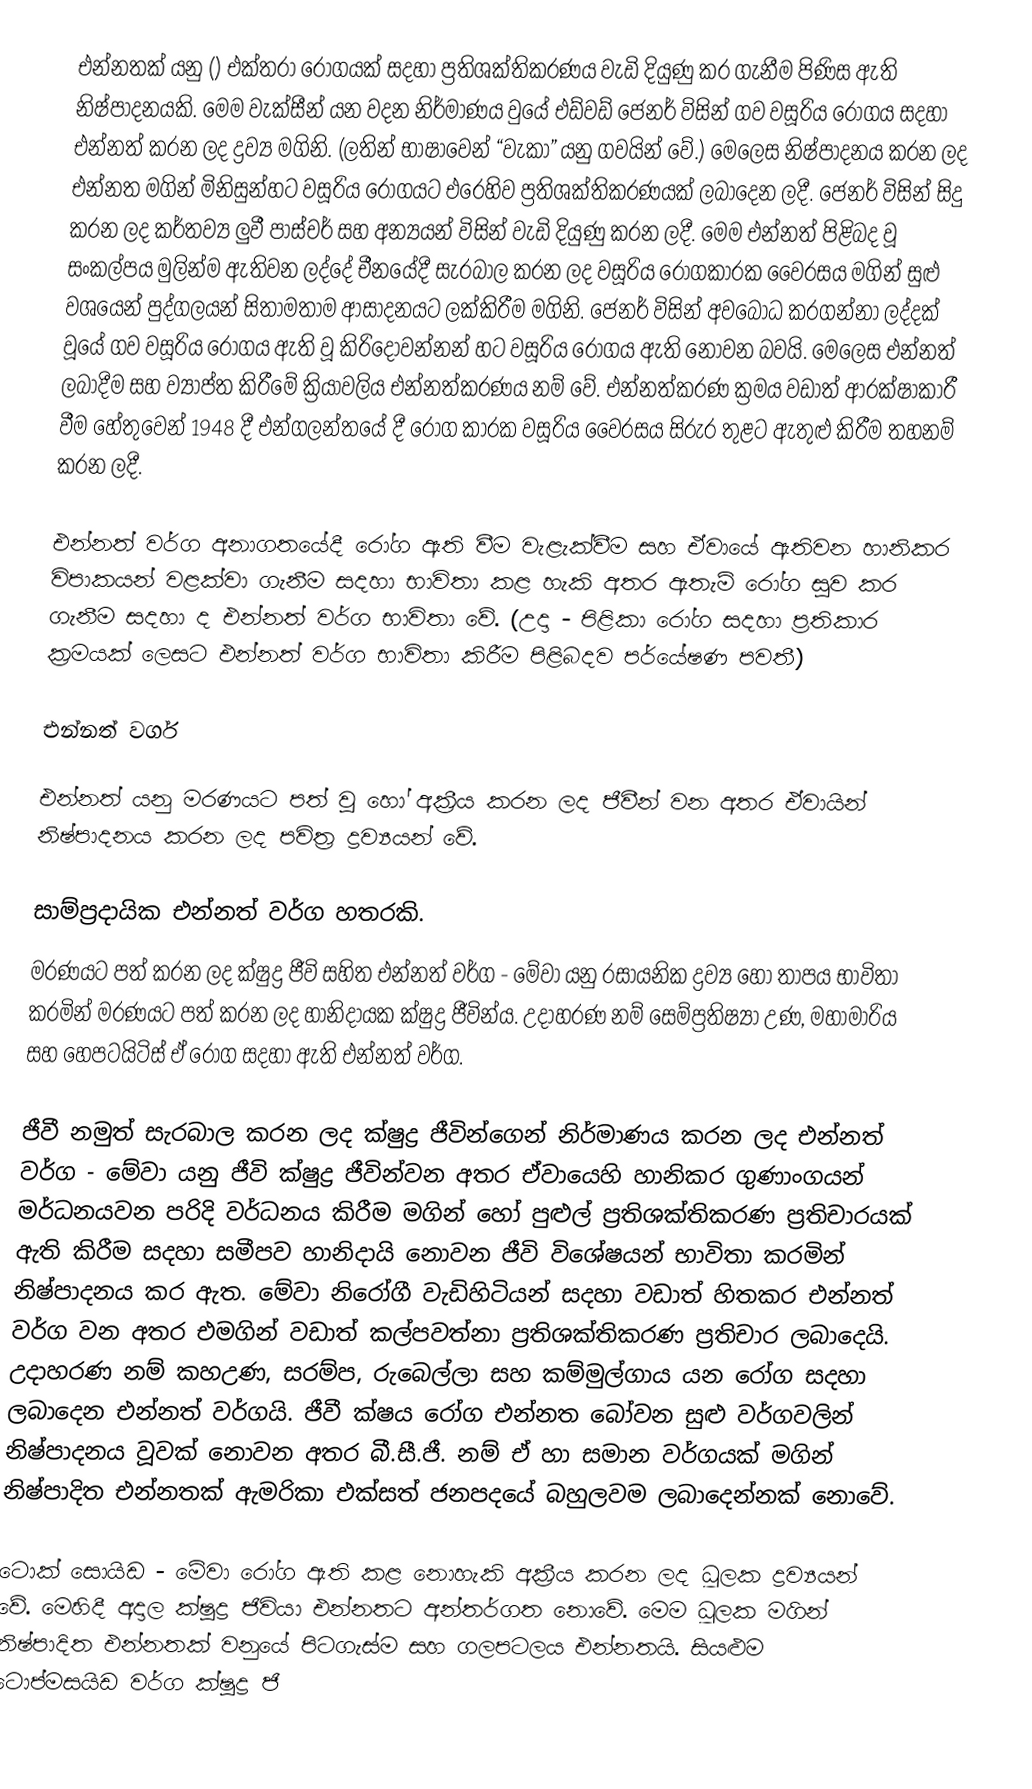
එන්නතක් යනු () එක්තරා රෝගයක් සදහා ප්‍රතිශක්තිකරණය වැඩි දියුණු කර ගැනීම පිණිස  ඇති නිෂ්පාදනයකි. මෙම වැක්සීන් යන වදන නිර්මාණය වුයේ එඩ්වඩ් ජෙනර්  විසින් ගව වසූරිය රෝගය සදහා එන්නත් කරන ලද ද්‍රව්‍ය මගිනි. (ලතින් භාෂාවෙන් “වැකා” යනු ගවයින් වේ.)  මෙලෙස නිෂ්පාදනය කරන ලද එන්නත මගින් මිනිසුන්හට වසූරිය රෝගයට එරෙහිව ප්‍රතිශක්තිකරණයක් ලබාදෙන ලදී. ජෙනර් විසින් සිදු කරන ලද කර්තව්‍ය ලුවී පාස්චර් සහ අන්‍යයන් විසින් වැඩි දියුණු කරන ලදී. මෙම එන්නත් පිළිබද වූ  සංකල්පය මුලින්ම ඇතිවන ලද්දේ චීනයේදී සැරබාල කරන ලද වසූරිය රෝගකාරක වෛරසය මගින් සුළු වශයෙන් පුද්ගලයන් සිතාමතාම ආසාදනයට ලක්කිරීම මගිනි.  ජෙනර් විසින් අවබෝධ කරගන්නා ලද්දක් වූයේ ගව වසූරිය රෝගය ඇති වූ කිරිදොවන්නන් හට වසූරිය රෝගය ඇති නොවන බවයි. මෙලෙස එන්නත් ලබාදීම සහ ව්‍යාප්ත කිරීමේ ක්‍රියාවලිය එන්නත්කරණය නම් වේ. එන්නත්කරණ ක්‍රමය වඩාත් ආරක්ෂාකාරී වීම හේතුවෙන් 1948 දී එන්ගලන්තයේ දී රෝග කාරක වසූරිය වෛරසය සිරුර තුළට ඇතුළු කිරීම තහනම් කරන ලදී.

එන්නත් වර්ග අනාගතයේදී රෝග ඇති වීම වැළැක්වීම සහ ඒවායේ ඇතිවන හානිකර විපාකයන් වළක්වා ගැනීම සදහා භාවිතා කළ හැකි අතර ඇතැම් රෝග සුව කර ගැනීම සදහා ද එන්නත් වර්ග භාවිතා වේ. (උදා - පිළිකා රෝග සදහා ප්‍රතිකාර ක්‍රමයක් ලෙසට එන්නත් වර්ග භාවිතා කිරීම පිළිබදව පර්යේෂණ පවතී)

එන්නත් වර්ග

එන්නත් යනු මරණයට පත් වූ හෝ අක්‍රීය කරන ලද ජීවීන් වන අතර ඒවායින් නිෂ්පාදනය කරන ලද පවිත්‍ර ද්‍රව්‍යයන් වේ.

සාම්ප්‍රදායික එන්නත් වර්ග හතරකි.
	මරණයට පත් කරන ලද ක්ෂුද්‍ර ජීවි සහිත එන්නත් වර්ග - මේවා යනු රසායනික ද්‍රව්‍ය හෝ තාපය භාවිතා කරමින් මරණයට පත් කරන ලද හානිදායක ක්ෂුද්‍ර ජීවින්ය. උදාහරණ නම් සෙම්ප්‍රතිෂ්‍යා උණ, මහාමාරිය සහ හෙපටයිටිස් ඒ රෝග සදහා ඇති එන්නත් වර්ග.

	ජීවී නමුත් සැරබාල කරන ලද ක්ෂුද්‍ර ජීවින්ගෙන් නිර්මාණය කරන ලද එන්නත් වර්ග - මේවා යනු ජීවි ක්ෂුද්‍ර ජීවින්වන අතර ඒවායෙහි හානිකර ගුණාංගයන් මර්ධනයවන පරිදි වර්ධනය කිරීම මගින් හෝ පුළුල් ප්‍රතිශක්තිකරණ ප්‍රතිචාරයක් ඇති කිරීම සදහා සමීපව හානිදායි නොවන ජීවි විශේෂයන් භාවිතා කරමින් නිෂ්පාදනය කර ඇත. මේවා නිරෝගී වැඩිහිටියන් සදහා වඩාත් හිතකර එන්නත් වර්ග වන අතර එමගින් වඩාත් කල්පවත්නා ප්‍රතිශක්තිකරණ ප්‍රතිචාර ලබාදෙයි. උදාහරණ නම් කහඋණ, සරම්ප, රුබෙල්ලා සහ කම්මුල්ගාය යන රෝග සදහා ලබාදෙන එන්නත් වර්ගයි. ජීවී ක්ෂය රෝග එන්නත බෝවන සුළු වර්ගවලින් නිෂ්පාදනය වූවක් නොවන අතර බී.සී.ජී. නම් ඒ හා සමාන වර්ගයක් මගින් නිෂ්පාදිත එන්නතක් ඇමරිකා එක්සත් ජනපදයේ බහුලවම ලබාදෙන්නක් නොවේ.

	ටොක් සොයිඩ - මේවා රෝග ඇති කළ නොහැකි අක්‍රීය කරන ලද ධූලක  ද්‍රව්‍යයන් වේ. මෙහිදී අදාල ක්ෂුද්‍ර ජිවියා එන්නතට අන්තර්ගත නොවේ. මෙම ධූලක මගින් නිෂ්පාදිත එන්නතක් වනුයේ පිටගැස්ම සහ ගලපටලය එන්නතයි. සියළුම ටොප්මසයිඩ වර්ග ක්ෂුද්‍ර ජි